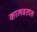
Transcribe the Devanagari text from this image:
कालवतात